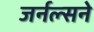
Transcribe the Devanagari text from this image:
जर्नल्सने